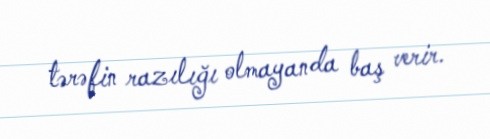
tərəfin razılığı olmayanda baş verir.